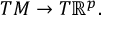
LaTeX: T M \to T \mathbb { R } ^ { p } .